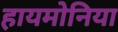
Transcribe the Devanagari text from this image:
हायमोनिया